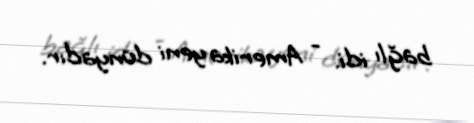
bağlı idi. - Amerika yeni dünyadır.